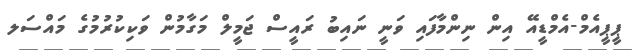
ޕީޕީއެމް-އެމްޑީއޭ އިން ނިންމާފައި ވަނީ ނައިބު ރައީސް ޖަމީލް މަގާމުން ވަކިކުރުމުގެ މައްސަލ